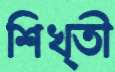
শিখ্তী